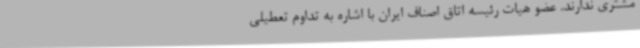
مشتری ندارند. عضو هیات رئیسه اتاق اصناف ایران با اشاره به تداوم تعطیلی